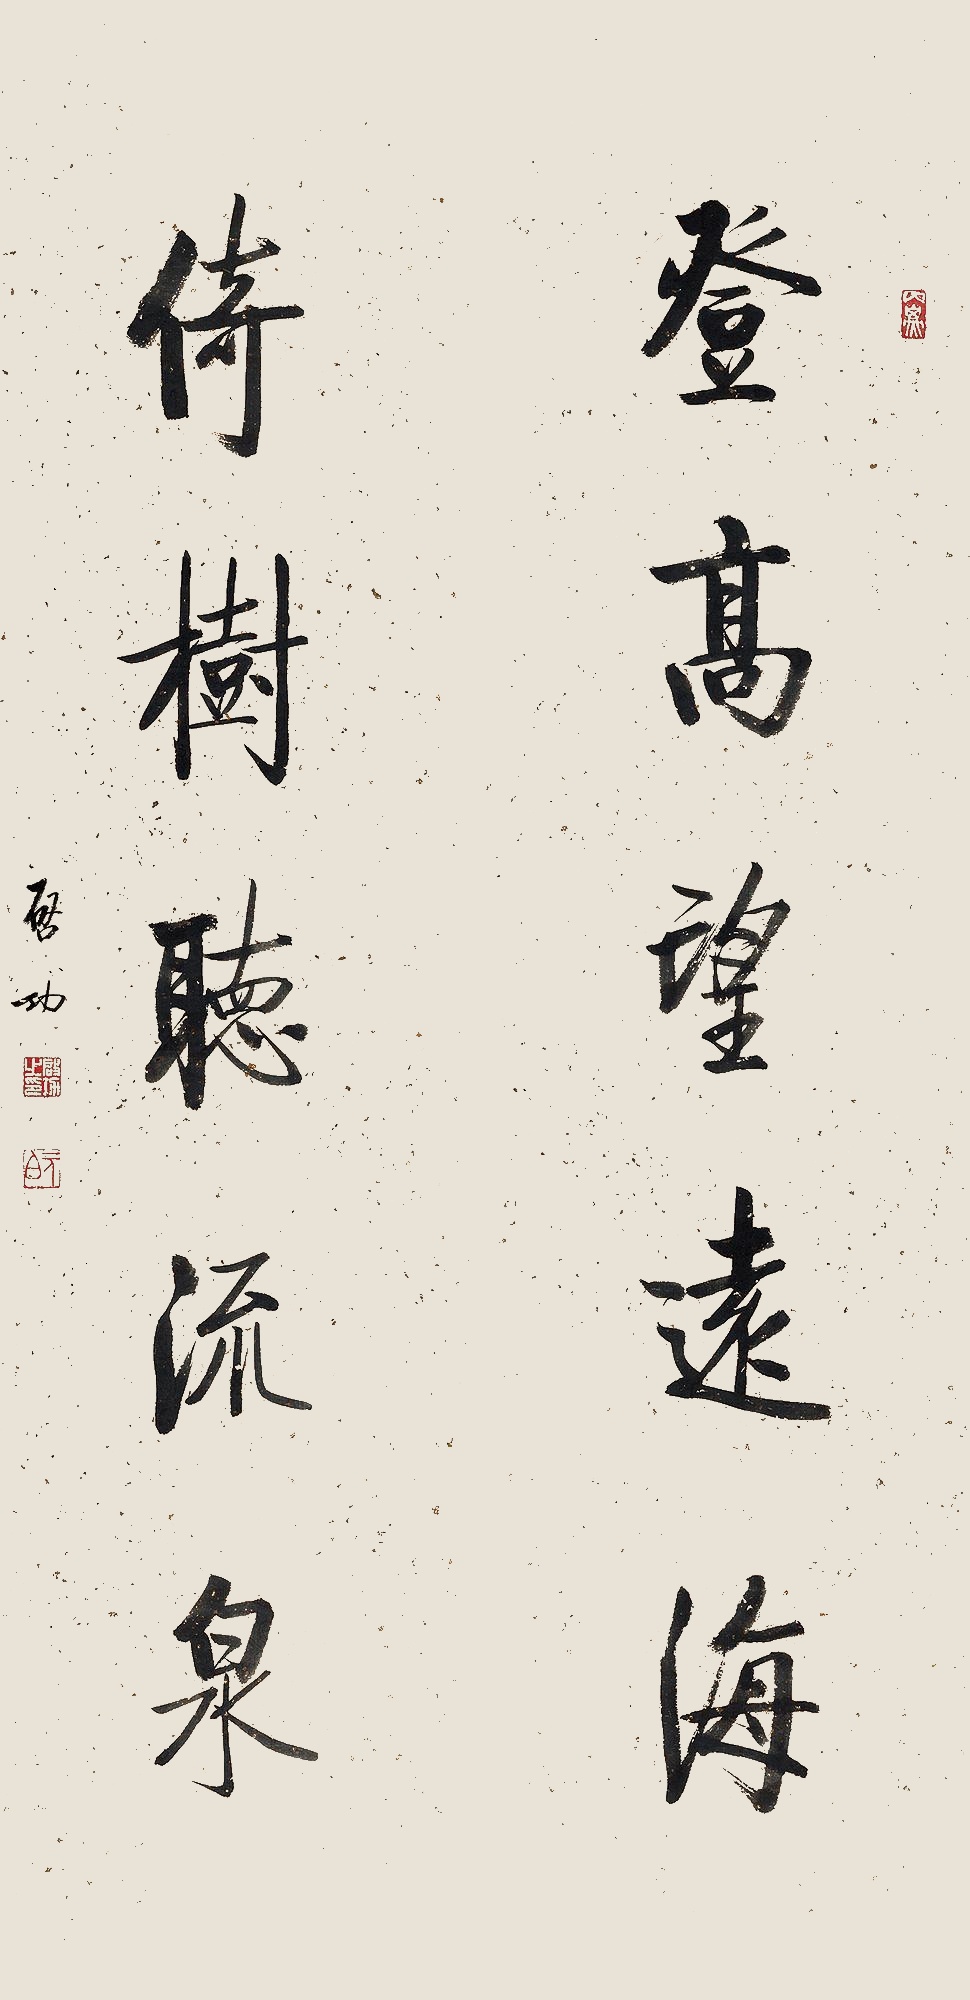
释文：登高望远海，倚树听流泉。启功。